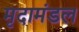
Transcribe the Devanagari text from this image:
मृदामंडल